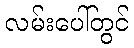
လမ်းပေါ်တွင်